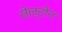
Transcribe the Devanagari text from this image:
सेल्टीन